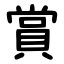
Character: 賞